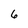
Character: 6